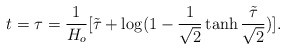
\begin{align*}t=\tau=\frac{1}{H_o}[\tilde{\tau}+\log(1-\frac{1}{\sqrt{2}}\tanh\frac{\tilde{\tau}}{\sqrt{2}})].\end{align*}